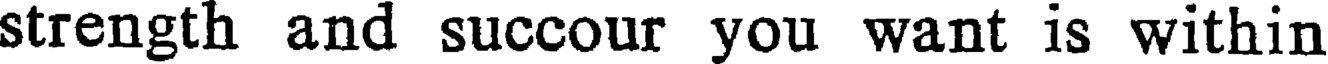
strength and succour you want is within